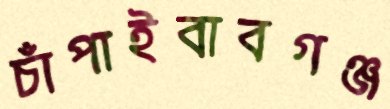
চাঁপাইবাবগঞ্জ